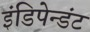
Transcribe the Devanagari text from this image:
इंडिपेन्डंट